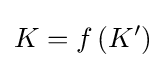
K=f\left(K'\right)